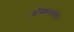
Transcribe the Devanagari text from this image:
ऑस्करसाठी